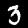
Digit: 3